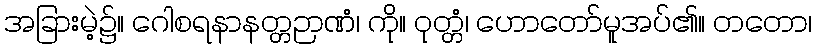
အခြားမဲ့၌။ ဂေါစရနာနတ္တဉာဏံ၊ ကို။ ဝုတ္တံ၊ ဟောတော်မူအပ်၏။ တတော၊